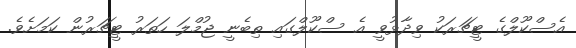
އެސްކޫލްގެ ޓީޗަރަކު ވިދާޅުވީ އެ ސްކޫލްގައި ތިބެނީ ޖުމްލަ ހަތަރު ޓީޗަރުން ކަމަށެވެ.